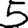
Digit: 5